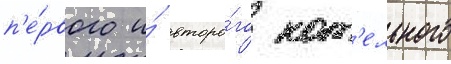
п'е́рвого и́ второ́го кот'ельного